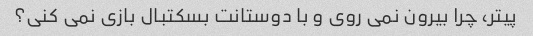
پیتر، چرا بیرون نمی روی و با دوستانت بسکتبال بازی نمی کنی؟